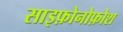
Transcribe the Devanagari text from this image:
साइफ़ोनोफ़ोश